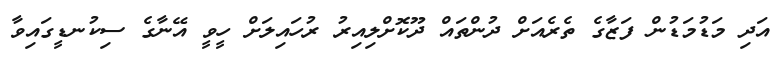
އަދި މަޑުމަޑުން ފަޒާގެ ތެރެއަށް ދުންތައް ދޫކޮށްލިއިރު ރުހައިލަށް ހީވީ އޭނާގެ ސިކުނޑީގައިވާ